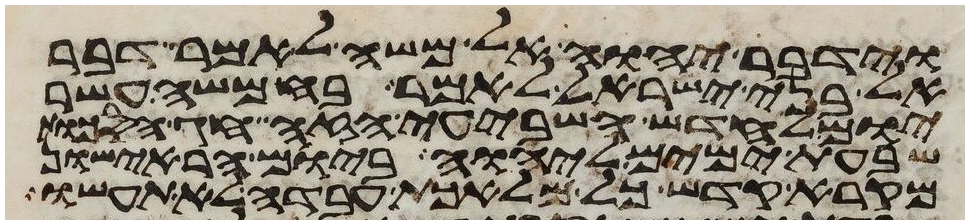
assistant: וידבר יהוה אל משה לאמר דבר
אל בני ישראל לאמר בחמשה עשר
יום לחדש השביעי הזה חג הסכות
שבעת ימים ליהוה ביום הראישון
מקרא קדש כל מלאכת עבדה לא תעשו